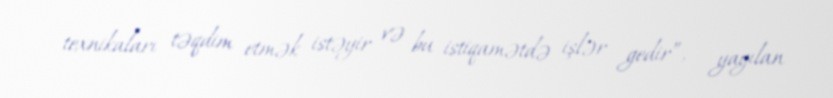
texnikaları təqdim etmək istəyir və bu istiqamətdə işlər gedir”, - yayılan